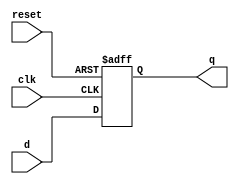
// d flip flop with active low reset
module d_ff(q,d,clk,reset);
input clk,reset,d;
output reg q;
always @(posedge clk or negedge reset) begin
    if(!reset) begin
        q<=1'b0;
    end
    else begin
        q<=d;
    end
end
endmodule